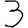
Digit: 3